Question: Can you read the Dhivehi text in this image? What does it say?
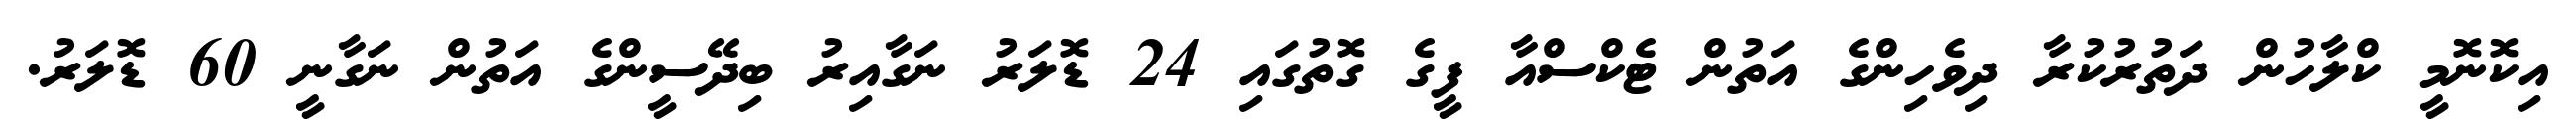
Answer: އިކޮނޮމީ ކްލާހުން ދަތުރުކުރާ ދިވެހިންގެ އަތުން ޓެކްސްއާ ފީގެ ގޮތުގައި 24 ޑޮލަރު ނަގާއިރު ބިދޭސީންގެ އަތުން ނަގާނީ 60 ޑޮލަރު.